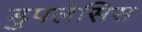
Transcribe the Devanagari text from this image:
डुपलेसिस